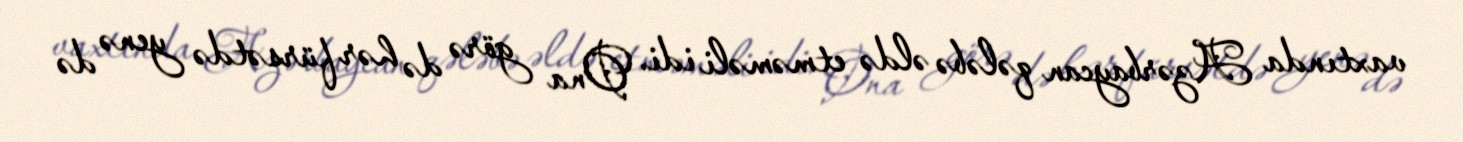
vaxtında Azərbaycan qələbə əldə etməməli idi. Ona görə də hər fürsətdə yenə də